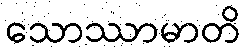
သောဿာမာတိ